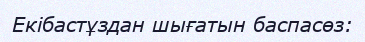
Екiбастұздан шығатын баспасөз: